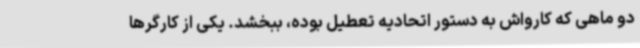
دو ماهی که کارواش به دستور اتحادیه تعطیل بوده، ببخشد. یکی از کارگرها